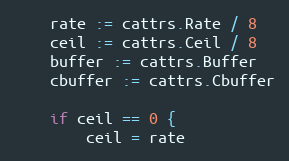
Language: Go
	rate := cattrs.Rate / 8
	ceil := cattrs.Ceil / 8
	buffer := cattrs.Buffer
	cbuffer := cattrs.Cbuffer

	if ceil == 0 {
		ceil = rate